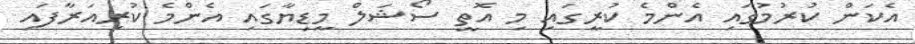
އެކަން ކުރުމުގައި އެންމެ ކުރީގައި މި އޮތީ ސޯޝަލް މީޑިޔާގައި އެންމެ ކުރިއަރާފައި